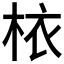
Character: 𣐿